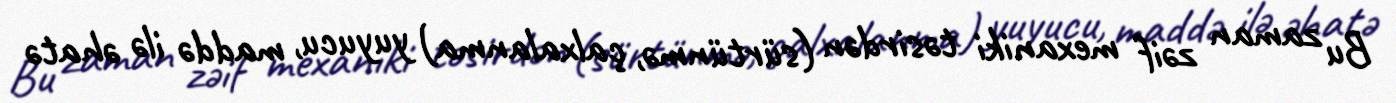
Bu zaman zəif mexaniki təsirdən (sürtünmə, çalxalanma) yuyucu, maddə ilə əhatə